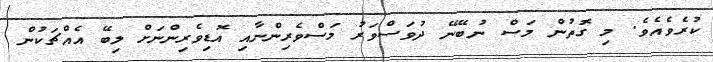
ކުރެވެއެވެ. މި ގޮތުން މަސް ނުބޭނޭ ދުވަސްވަރު މަސްވެރިންނާއި އޮޑިވެރިންނަށް ލިބޭ އެއްޗަކުން